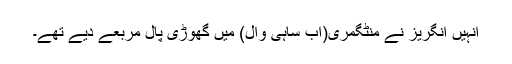
انہیں انگریز نے منٹگمری(اب ساہی وال) میں گھوڑی پال مربعے دیے تھے۔